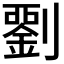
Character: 𭄘